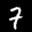
Label: 7